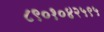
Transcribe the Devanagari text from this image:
८९०१०४२५९५